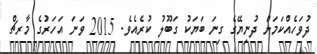
ދުވަހެއްކަމަށް ދުނިޔޭގެ ގިނަ ބަޔަކު ގަބޫލު ކުރެއެވެ. 2015 ވަނަ އަހަރުގެ މާރޗް